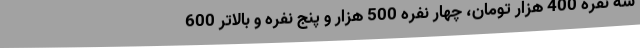
سه نفره 400 هزار تومان، چهار نفره 500 هزار و پنج نفره و بالاتر 600